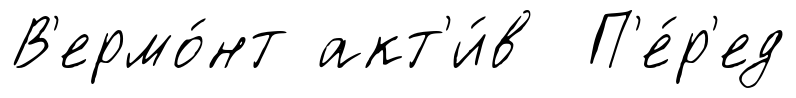
В'ермо́нт акт'и́в П'е́р'ед